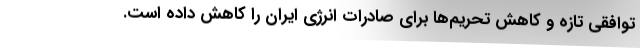
توافقی تازه و کاهش تحریم‌ها برای صادرات انرژی ایران را کاهش داده است.